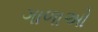
ગાળાઓ